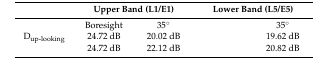
<table><thead><tr><td>[EMPTY_CELL]</td><td colspan="2"><b>Upper Band (L1/E1)</b></td><td colspan="2"><b>Lower Band (L5/E5)</b></td></tr></thead><tbody><tr><td>[EMPTY_CELL]</td><td>Boresight</td><td>35°</td><td>[EMPTY_CELL]</td><td>35°</td></tr><tr><td>D<sub>up-looking</sub></td><td>24.72 dB</td><td>20.02 dB</td><td>[EMPTY_CELL]</td><td>19.62 dB</td></tr><tr><td>[EMPTY_CELL]</td><td>24.72 dB</td><td>22.12 dB</td><td>[EMPTY_CELL]</td><td>20.82 dB</td></tr></tbody></table>